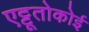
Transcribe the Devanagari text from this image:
एट्टूतोकोई